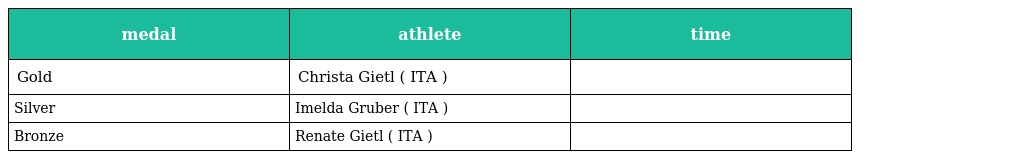
| medal | athlete | time |
 | --- | --- | --- |
 | Gold | Christa Gietl ( ITA ) |  |
 | Silver | Imelda Gruber ( ITA ) |  |
 | Bronze | Renate Gietl ( ITA ) |  |